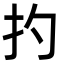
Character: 扚